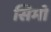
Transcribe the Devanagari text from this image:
सिमो